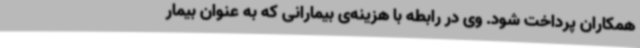
همکاران پرداخت شود. وی در رابطه با هزینه‌ی بیمارانی که به عنوان بیمار